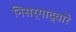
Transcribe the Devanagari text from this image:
निसर्गाद्वारे